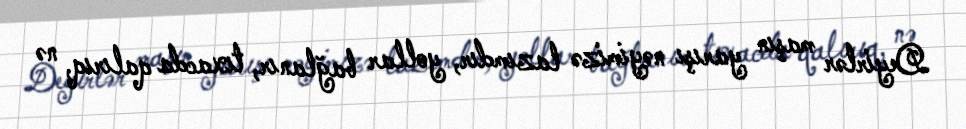
Deyirlər maşın yarışı nəyimizə lazımdır, yollar bağlanır, tıxacda qalırıq, nə